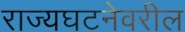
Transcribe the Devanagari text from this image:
राज्यघटनेवरील